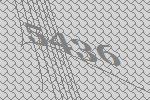
5436